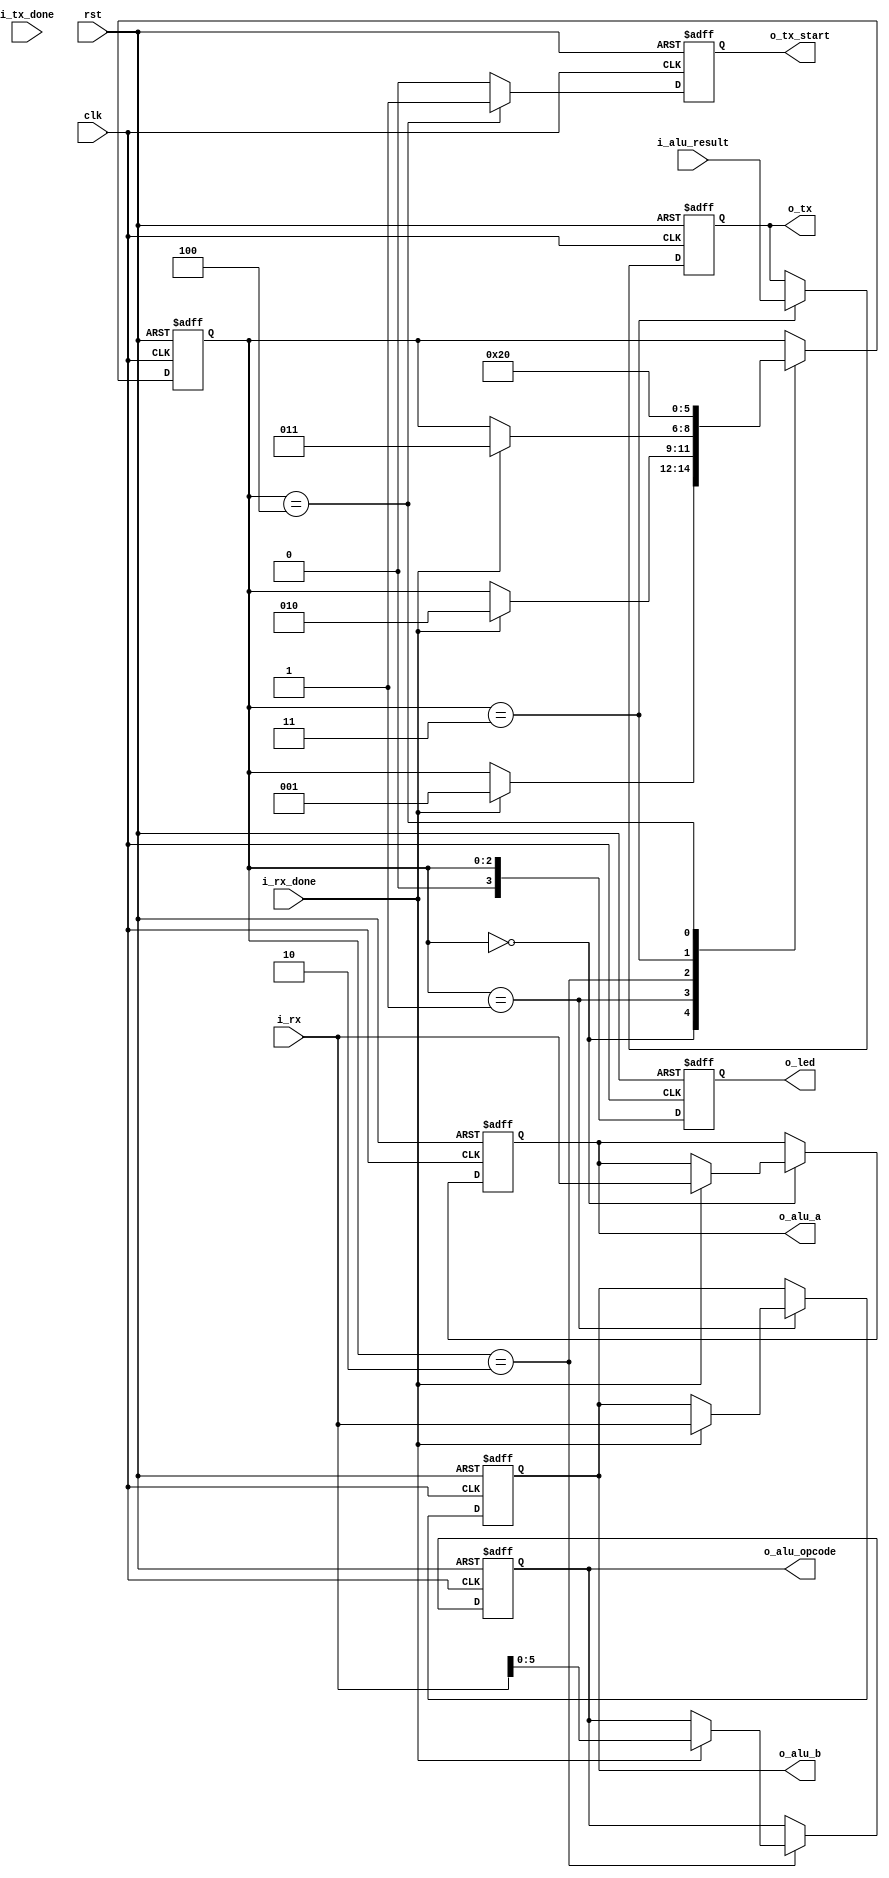

module Interface(
    input clk,
    input rst,
    input i_tx_done,
    input i_rx_done,
    input [7:0] i_rx,
    input [7:0] i_alu_result,
    output reg o_tx_start,
    output reg [7:0] o_tx,
    output reg [7:0] o_alu_a,
    output reg [7:0] o_alu_b,
    output reg [5:0] o_alu_opcode,
    output reg [3:0] o_led
);

    localparam
        get_a        = 'b000,
        get_b        = 'b001,
        get_opcode   = 'b010,
        latch_result = 'b011,
        send_result  = 'b100; 

    reg [2:0] state, next_state;
    reg next_tx_start;
    reg [7:0] next_tx;
    reg [7:0] next_alu_a;
    reg [7:0] next_alu_b;
    reg [5:0] next_alu_opcode;

    always@(posedge clk or negedge rst) begin
        if(!rst) begin
            state <= get_a;
            o_tx_start <= 0;
            o_tx <= 0;
            o_alu_a <= 0;
            o_alu_b <= 0;
            o_alu_opcode <= 0;
            o_led <= 0;
        end
        else begin
            o_led <= state;
            state <= next_state;
            o_tx_start <= next_tx_start;
            o_tx <= next_tx;
            o_alu_a <= next_alu_a;
            o_alu_b <= next_alu_b;
            o_alu_opcode <= next_alu_opcode;
        end
    end


    always@* begin

        //defaults
        next_state = state;
        next_tx_start = 0;
        next_tx = o_tx;
        next_alu_a = o_alu_a;
        next_alu_b = o_alu_b;
        next_alu_opcode = o_alu_opcode;

        case (state)
            get_a:
            begin
                if(i_rx_done) begin
                    next_alu_a = i_rx;
                    next_state = get_b;
                end
            end
            get_b:
            begin
                if(i_rx_done) begin
                    next_alu_b = i_rx;
                    next_state = get_opcode;
                end
            end
            get_opcode:
            begin
                if(i_rx_done) begin
                    next_alu_opcode = i_rx[5:0];
                    next_state = latch_result;
                end
            end

            latch_result:
            begin
                next_tx = i_alu_result;
                next_state = send_result;
            end
            send_result:
            begin
                next_tx_start = 1;
                next_state = get_a;
            end
                    
        endcase
    end

    


endmodule